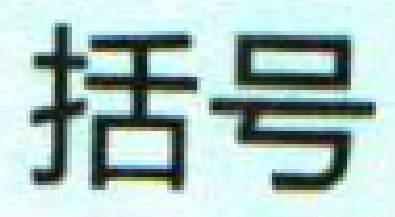
括号